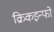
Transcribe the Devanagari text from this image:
क्रिकइन्फो